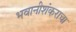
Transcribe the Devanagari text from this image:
भवानीशंकराचा